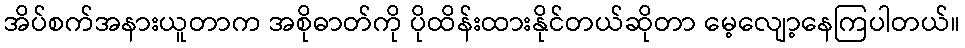
အိပ်စက်အနားယူတာက အစိုဓာတ်ကို ပိုထိန်းထားနိုင်တယ်ဆိုတာ မေ့လျော့နေကြပါတယ်။